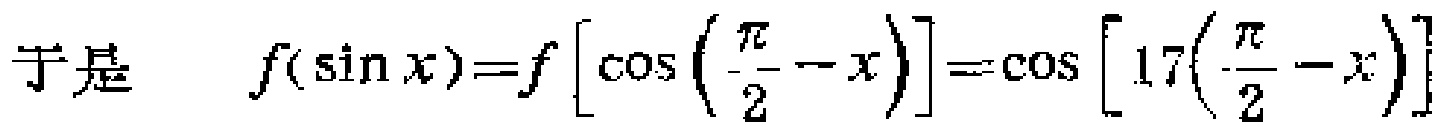
\[
\text{于是}\quad f(\sin x)=f\left[\cos\left(\frac{\pi}{2}-x\right)\right]=\cos\left[17\left(\frac{\pi}{2}-x\right)\right]
\]